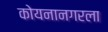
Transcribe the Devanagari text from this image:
कोयनानगरला